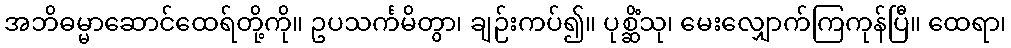
အဘိဓမ္မာဆောင်ထေရ်တို့ကို။ ဥပသင်္ကမိတွာ၊ ချဉ်းကပ်၍။ ပုစ္ဆိံသု၊ မေးလျှောက်ကြကုန်ပြီ။ ထေရာ၊